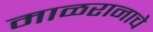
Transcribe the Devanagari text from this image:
माळरानाचे